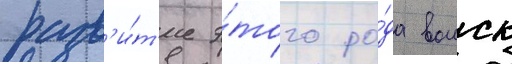
разв'и́т'ие э́того ро́да воиск